Insane asylums in Bengal annual reports 1867-1875 - 1867-1875
Year: 1867
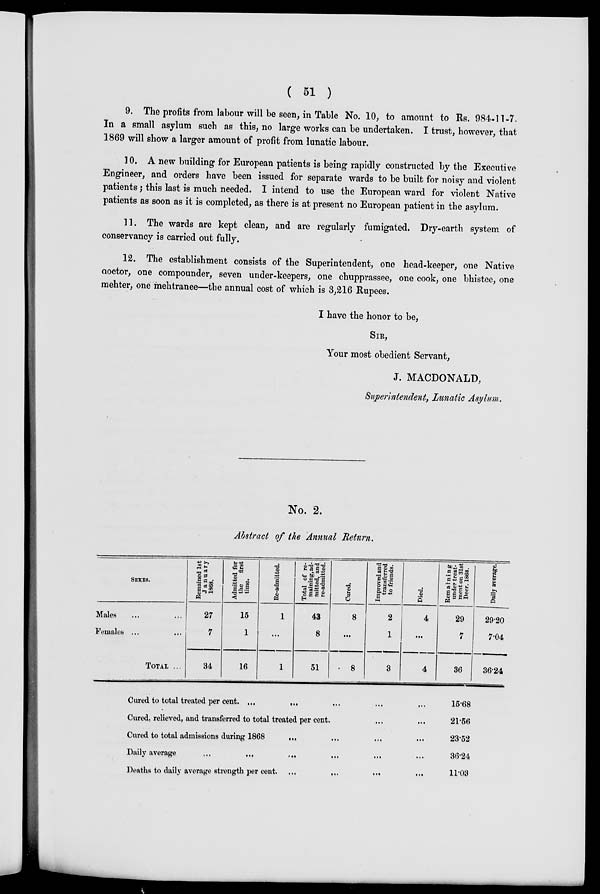
( 51 )
9. The profits from labour will be seen, in Table No. 10, to amount to Rs. 984-11-7.
In a small asylum such as this, no large works can be undertaken. I trust, however, that
1869 will show a larger amount of profit from lunatic labour.
10. A new building for European patients is being rapidly constructed by the Executive
Engineer, and orders have been issued for separate wards to be built for noisy and violent
patients; this last is much needed. I intend to use the European ward for violent Native
patients as soon as it is completed, as there is at present no European patient in the asylum.
11. The wards are kept clean, and are regularly fumigated. Dry-earth system of
conservancy is carried out fully.
12. The establishment consists of the Superintendent, one head-keeper, one Native
aoctor, one compounder, seven under-keepers, one chupprassee, one cook, one bhistee, one
mehter, one mehtranee—the annual cost of which is 3,216 Rupees.
I have the honor to be,
SIR,
Your most obedient Servant,
J. MACDONALD,
Superintendent, Lunatic Asylum.
No. 2.
Abstract of the Annual Return.
SEXES.
Males ... ...
Females ... ...
TOTAL ...
Remained 1st
January
1868.
27
7
34
Admitted for
the
first
time.
15
1
16
Re-admitted.
1
...
1
Total of re-
maining, ad-
mitted, and
re-admitted.
43
8
51
Cured.
8
...
8
Improved and
transferred
to friends.
2
1
3
Died.
4
...
4
Remaining
under treat-
ment on 31st
Decr. 1868.
29
7
36
Daily average.
29.20
7.04
36.24
Cured to total treated per cent. ...
... ... ...
Cured, relieved, and transferred to total treated per cent. ... ...
Cured to total admissions during 1868 ... ... ... ... ...
Daily average ... ... ... ... ... ... ...
Deaths to daily average strength per cent ... ... ... ...
15.68
21.56
23.52
36.24
11.03